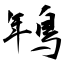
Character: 鵇